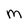
Character: M